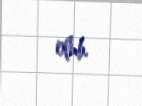
olub.